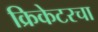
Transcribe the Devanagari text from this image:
क्रिकेटरचा